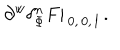
LaTeX: \partial ^ { w } \delta _ { \Phi } ^ { n } F | _ { \, 0 , \, 0 , \, l } \, .